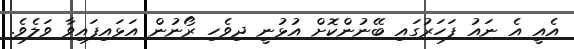
އެއީ އެ ނައު ފަހަރުގައި ބޭނުންކޮށް އުޅުނީ ދިވެހި ރޯނުން އަޅައިފައިވާ ވަލެވެ.